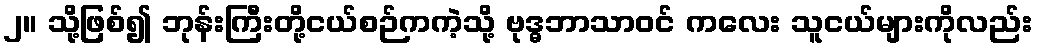
၂။ သို့ဖြစ်၍ ဘုန်းကြီးတို့ငယ်စဉ်ကကဲ့သို့ ဗုဒ္ဓဘာသာဝင် ကလေး သူငယ်များကိုလည်း